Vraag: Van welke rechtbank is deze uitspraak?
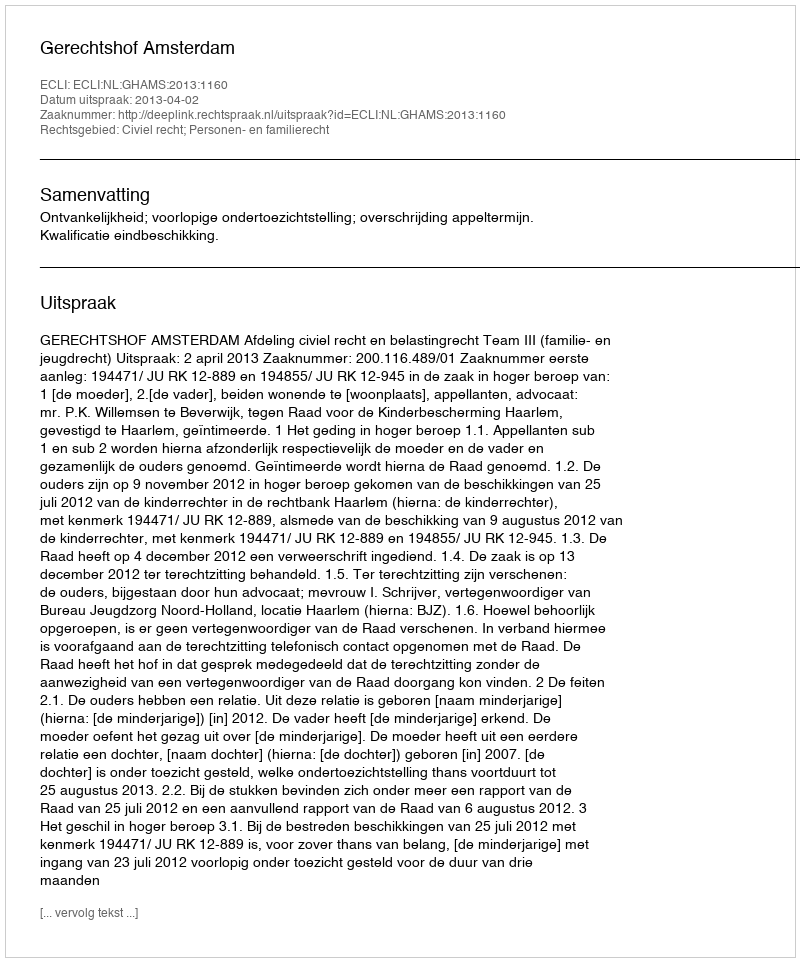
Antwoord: Gerechtshof Amsterdam